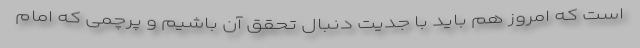
است که امروز هم باید با جدیت دنبال تحقق آن باشیم و پرچمی که امام